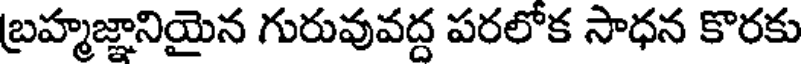
బ్రహ్మజ్ఞానియైన గురువువద్ద పరలోక సాధన కొరకు